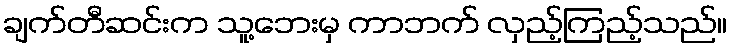
ချက်တီဆင်းက သူ့ဘေးမှ ကာဘက် လှည့်ကြည့်သည်။